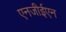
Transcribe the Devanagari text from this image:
एनजीईएन